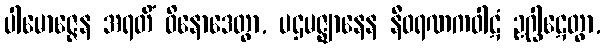
ပါမောဇ္ဇေန အရတိံ ဝိနောဒေတွာ, ပဌမဇ္ဈာနေန နီဝရဏကဝါဋံ ဥဂ္ဃါဋေတွာ,